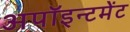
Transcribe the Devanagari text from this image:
अपॉइन्टमेंट